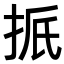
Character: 𪭭